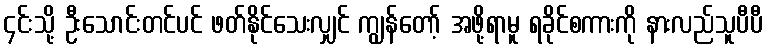
၄င်းသို့ ဦးသောင်းတင်ပင် ဖတ်နိုင်သေးလျှင် ကျွန်တော့် အဖို့ရာမူ ရခိုင်စကားကို နားလည်သူပီပီ